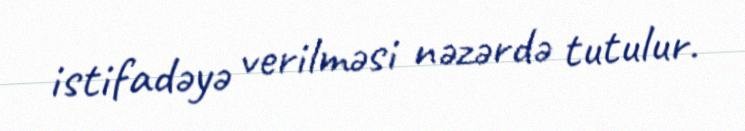
istifadəyə verilməsi nəzərdə tutulur.